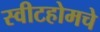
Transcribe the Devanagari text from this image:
स्वीटहोमचे